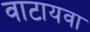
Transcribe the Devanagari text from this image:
वाटायवा